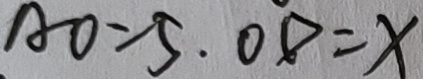
A O = 5 . O D = x